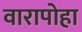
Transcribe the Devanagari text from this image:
वारापोहा